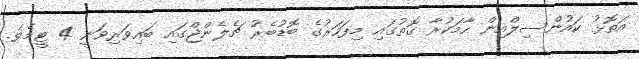
އަތޮޅު ކައުންސިލްއިން ހާމަކުރާ ގޮތުގައި މިފަހަރުގެ ބޮޑުބެރު ޗެލެންޖްގައި ބައިވަރިވަނީ 4 ޓީމެވެ.